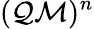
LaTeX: (\mathcal{Q}\mathcal{M})^{n}